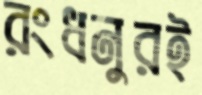
রংধনুরই